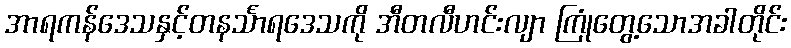
အာရကန်ဒေသနှင့်တနင်္သာရဒေသကို အီတလီဟင်းလျာ ကြုံတွေ့သောအခါတိုင်း